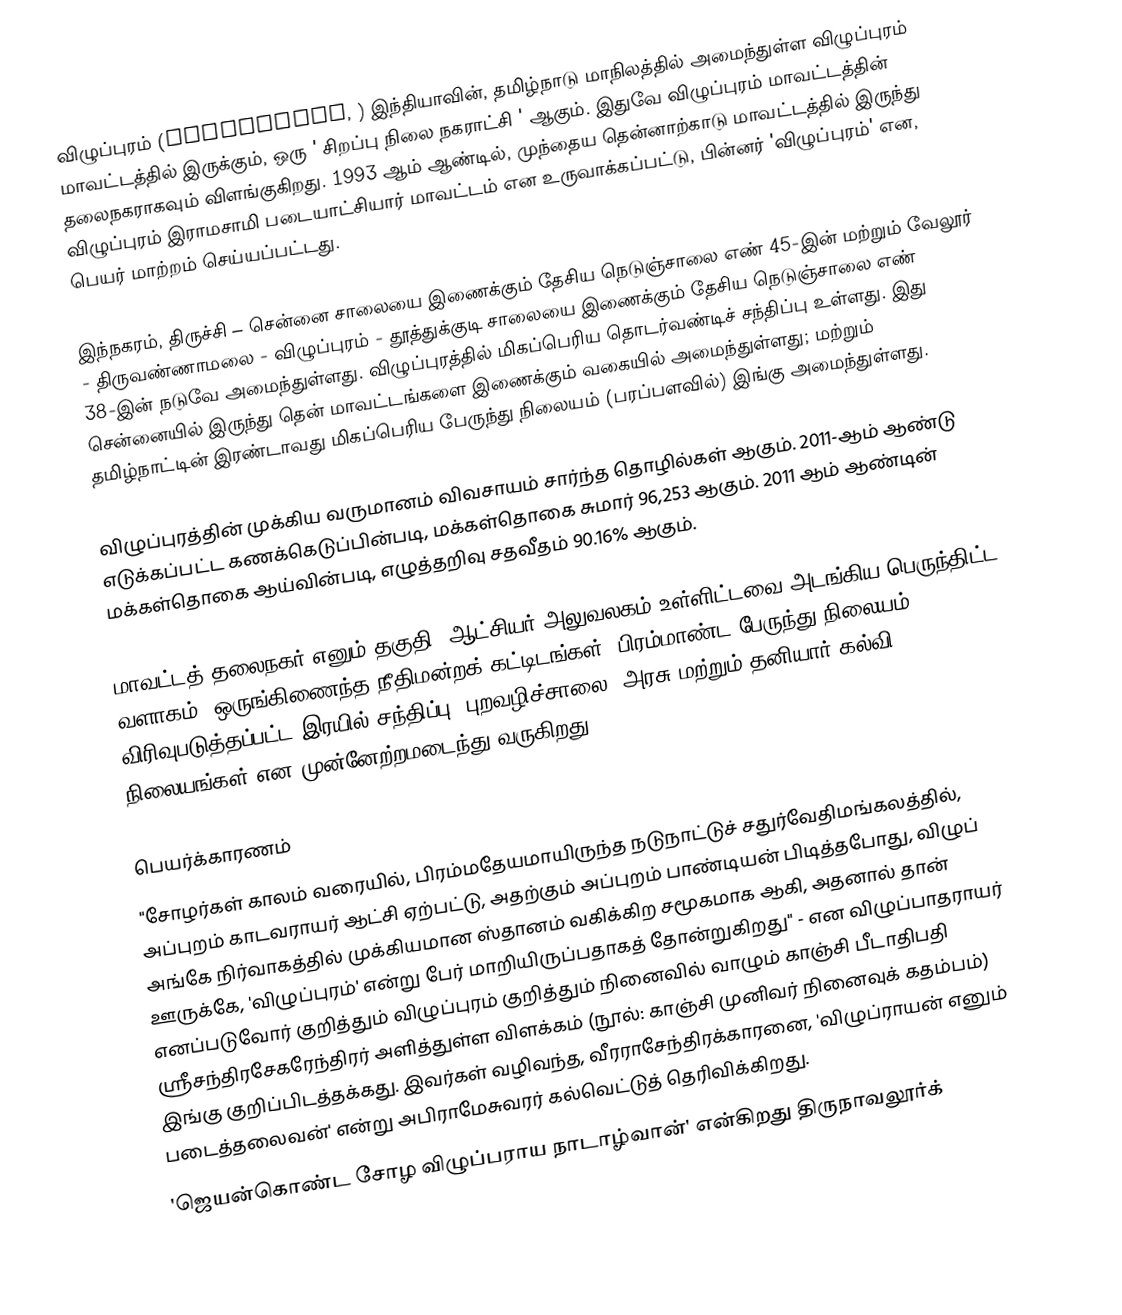
விழுப்புரம் (Viluppuram, ) இந்தியாவின், தமிழ்நாடு மாநிலத்தில் அமைந்துள்ள விழுப்புரம் மாவட்டத்தில் இருக்கும், ஒரு ' சிறப்பு நிலை நகராட்சி ' ஆகும். இதுவே விழுப்புரம் மாவட்டத்தின் தலைநகராகவும் விளங்குகிறது. 1993 ஆம் ஆண்டில், முந்தைய தென்னாற்காடு மாவட்டத்தில் இருந்து விழுப்புரம் இராமசாமி படையாட்சியார் மாவட்டம் என உருவாக்கப்பட்டு, பின்னர் 'விழுப்புரம்' என, பெயர் மாற்றம் செய்யப்பட்டது.

இந்நகரம், திருச்சி – சென்னை சாலையை இணைக்கும் தேசிய நெடுஞ்சாலை எண் 45-இன் மற்றும் வேலூர் - திருவண்ணாமலை - விழுப்புரம் - தூத்துக்குடி சாலையை இணைக்கும் தேசிய நெடுஞ்சாலை எண் 38-இன் நடுவே அமைந்துள்ளது. விழுப்புரத்தில் மிகப்பெரிய தொடர்வண்டிச் சந்திப்பு உள்ளது. இது சென்னையில் இருந்து தென் மாவட்டங்களை இணைக்கும் வகையில் அமைந்துள்ளது; மற்றும் தமிழ்நாட்டின் இரண்டாவது  மிகப்பெரிய பேருந்து நிலையம் (பரப்பளவில்) இங்கு அமைந்துள்ளது.

விழுப்புரத்தின் முக்கிய வருமானம் விவசாயம் சார்ந்த தொழில்கள் ஆகும். 2011-ஆம் ஆண்டு எடுக்கப்பட்ட கணக்கெடுப்பின்படி, மக்கள்தொகை சுமார் 96,253 ஆகும். 2011 ஆம் ஆண்டின் மக்கள்தொகை ஆய்வின்படி, எழுத்தறிவு சதவீதம் 90.16% ஆகும்.

மாவட்டத் தலைநகர் எனும் தகுதி, ஆட்சியர் அலுவலகம் உள்ளிட்டவை அடங்கிய பெருந்திட்ட வளாகம், ஒருங்கிணைந்த நீதிமன்றக் கட்டிடங்கள், பிரம்மாண்ட பேருந்து நிலையம், விரிவுபடுத்தப்பட்ட இரயில் சந்திப்பு, புறவழிச்சாலை, அரசு மற்றும் தனியார் கல்வி நிலையங்கள் என முன்னேற்றமடைந்து வருகிறது.

பெயர்க்காரணம்
 "சோழர்கள் காலம் வரையில், பிரம்மதேயமாயிருந்த நடுநாட்டுச் சதுர்வேதிமங்கலத்தில், அப்புறம் காடவராயர் ஆட்சி ஏற்பட்டு, அதற்கும் அப்புறம் பாண்டியன் பிடித்தபோது, விழுப் அங்கே நிர்வாகத்தில் முக்கியமான ஸ்தானம் வகிக்கிற சமூகமாக ஆகி, அதனால் தான் ஊருக்கே, 'விழுப்புரம்' என்று பேர் மாறியிருப்பதாகத் தோன்றுகிறது" - என விழுப்பாதராயர் எனப்படுவோர் குறித்தும் விழுப்புரம் குறித்தும் நினைவில் வாழும் காஞ்சி பீடாதிபதி ஸ்ரீசந்திரசேகரேந்திரர் அளித்துள்ள விளக்கம் (நூல்: காஞ்சி முனிவர் நினைவுக் கதம்பம்) இங்கு குறிப்பிடத்தக்கது. இவர்கள் வழிவந்த, வீரராசேந்திரக்காரனை, 'விழுப்ராயன் எனும் படைத்தலைவன்' என்று அபிராமேசுவரர் கல்வெட்டுத் தெரிவிக்கிறது.
 'ஜெயன்கொண்ட சோழ விழுப்பராய நாடாழ்வான்' என்கிறது திருநாவலூர்க்